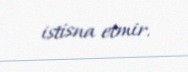
istisna etmir.